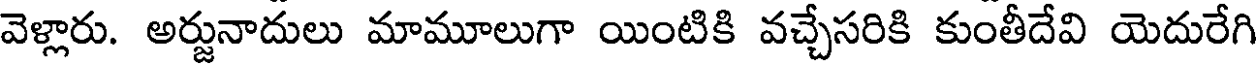
వెళ్లారు. అర్జునాదులు మామూలుగా యింటికి వచ్చేసరికి కుంతీదేవి యెదురేగి